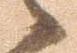
候